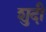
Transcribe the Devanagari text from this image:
शुदी